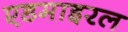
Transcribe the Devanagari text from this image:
एडमाइरल